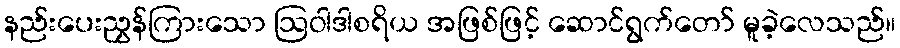
နည်းပေးညွှန်ကြားသော ဩဝါဒါစရိယ အဖြစ်ဖြင့် ဆောင်ရွက်တော် မူခဲ့လေသည်။